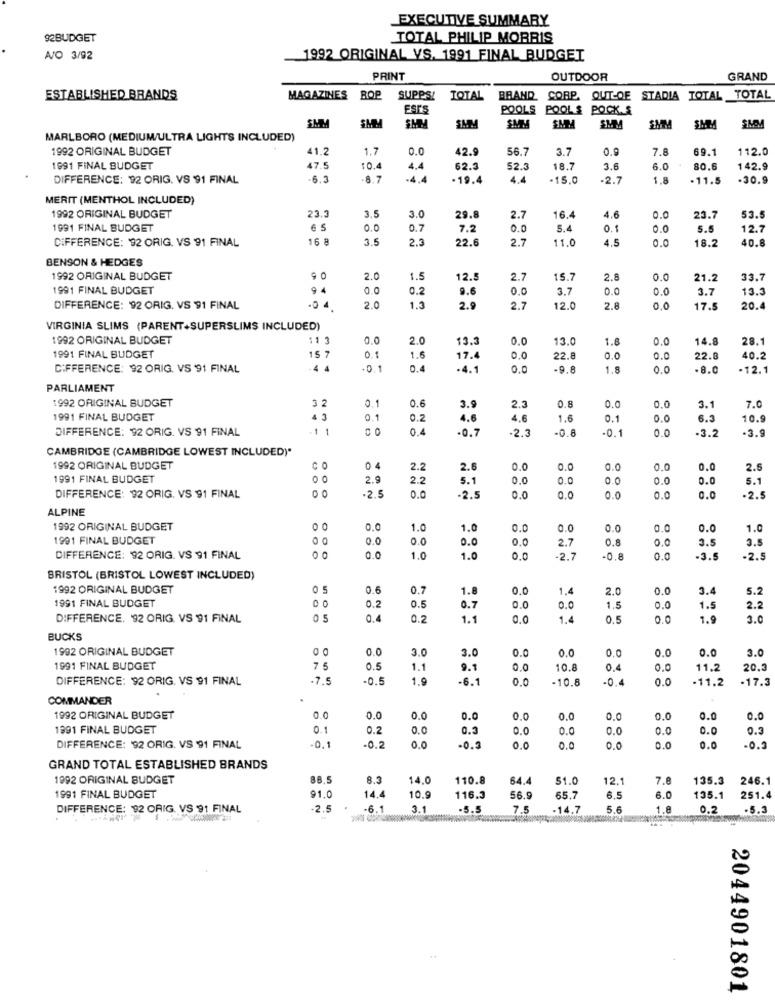
EXECUTIVE SUMMARY
92BUDGET
TOTAL PHILIP MORRIS
W/O 3/92
1992 ORIGINAL VS. 1991 FINAL BUDGET
PRINT
OUTDOOR
GRAND
ESTABLISHED BRANDS
MAGAZINES
BOP
SUPPS!
TOTAL
BRAND CORP. OUT-OF STADIA TOTAL TOTAL
EST'S
POOLS POOLS POCK.S
SMM
SM
SMM
SAM
SMM
SMY
SMM
SMM
MARLBORO (MEDIUM/ULTRA LIGHTS INCLUDED)
1992 ORIGINAL BUDGET
41.2
1.7
0.0
42.9
56.7
3.7
0.9
7.8
69.1
112.0
1991 FINAL BUDGET
47.5
10.4
4.4
62.
52.3
18.7
3.6
6.0
80.
142.9
DIFFERENCE: 92 ORIG. VS 91 FINAL
-6.3
-4.4
-19.4
4.4
.15,0
-2.7
1.8
11.5
.30.9
MERIT (MENTHOL INCLUDED)
23.3
4.6
1992 ORIGINAL BUDGET
3.5
3.0
29.
2.7
16.4
0.0
23.7
53.5
1991 FINAL BUDGET
0.0
0.7
7.2
0.0
5.4
0.1
0.0
5.5
12.7
CiFFERENCE: 92 ORIG. VS 91 FINAL
16 8
3.5
2.3
22.6
2.7
11.0
1.5
0.0
18.2
40.8
BENSON & HEDGES
1992 ORIGINAL BUDGET
2.0
1.5
12.5
2.7
15.7
2.8
0.0
21.2
33.7
1991 FINAL BUDGET
94
0.0
0.2
9.6
0.0
3.7
0.0
0.0
3.7
13.3
DIFFERENCE: 92 ORIG. VS 91 FINAL
04
2.0
1.3
25
2.7
12.0
2.8
0.0
17.5
20.4
VIRGINIA SLIMS (PARENT+SUPERSLIMS INCLUDED)
1992 ORIGINAL BUDGET
11 3
0.0
2.0
13.
0.0
13.0
1.8
0.0
14.8
28.1
15.7
1.6
1991 FINAL BUDGET
0.1
17.
0.0
22.
0.0
0.0
22.
40.2
DIFFERENCE: 92 ORIG. VS 91 FINAL
.4 4
0.4
-4.1
0.0
9.8
1.8
0.0
-8.0
.12.1
PARLIAMENT
3 2
0.1
0.6
2.3
0.8
1992 ORIGINAL BUDGET
3.9
0.0
0.0
3.1
7.0
1991 FINAL BUDGET
4 3
0.
0.2
4.6
4.6
1.6
0.1
0.0
6.3
10.9
DIFFERENCE: 92 ORIG. VS 91 FINAL
1
0.4
-0.7
-2.3
-0.8
-0.1
0.0
-3.2
-3.9
CAMBRIDGE (CAMBRIDGE LOWEST INCLUDED)"
1992 ORIGINAL BUDGET
04
2.
2.6
0.0
0.0
0.0
0.0
0.0
2.5
1991 FINAL BUDGET
0
2.9
2.2
5.1
0.0
0.0
0.0
0.0
0.0
5.1
O
DIFFERENCE: 92 ORIG. VS 91 FINAL
-2.5
0.0
-2.5
0.0
0.0
0.
0.0
0.0
.2.5
ALPINE
1992 ORIGINAL BUDGET
0 0
0.0
1.0
1.0
0.0
0.0
0.0
0.0
0.0
1.0
1901 FINAL BUDGET
0
0.0
0.0
0.0
0.0
0.8
3.5
3.5
2.7
0.0
DIFFERENCE: 92 ORIG. VS 91 FINAL
0.0
1.0
1.0
0.0
-2.7
-0.8
0.0
3.5
-2.5
BRISTOL (BRISTOL LOWEST INCLUDED)
1992 ORIGINAL BUDGET
0 5
0.6
0.7
1.8
0.0
1.4
2.0
0.0
3.
5.2
0.2
0.0
1991 FINAL BUDGET
0.5
0.7
0.0
0.0
1.5
1.5
2.2
DIFFERENCE. 92 ORIG. VS 91 FINAL
0.2
1.1
0.0
1.4
0.0
1.9
30
BUCKS
1992 ORIGINAL BUDGET
0.0
3.0
3.0
0.0
0.0
0.0
0.0
0.0
3.0
1991 FINAL BUDGET
7 5
0.5
1.1
9.1
0.0
10.8
0.4
0.0
11.2
20.
DIFFERENCE: 92 ORIG. VS 91 FINAL
.7.5
-0.5
1.9
-6.1
0.0
-10.8
-0.4
0.0
.11.2
-17.3
COMMANDER
1992 ORIGINAL BUDGET
0.0
0.0
0.0
0.0
0.0
0.0
0.0
0.0
0.0
0.0
1991 FINAL BUDGET
0.1
0.2
0.0
0.3
0.0
0.0
0.0
0.0
0.0
0.3
DIFFERENCE: 92 ORIG. VS 91 FINAL
.0.1
-0.2
0.0
.0.3
0.0
0.0
0.0
0.0
0.0
-0.3
GRAND TOTAL ESTABLISHED BRANDS
1992 ORIGINAL BUDGET
8.3
14.0
110.8
64.
51.0
12.1
7.8
135.3
246.1
1991 FINAL BUDGET
91.0
14.4
10.9
116.3
56.9
65.7
6.5
6.0
135.1
251.4
DIFFERENCE: 92 ORIG. VS 91 FINAL
-2.5
-6.º
3.1
5.5
7.5
-14.7
5.6
1.8
0.2
.5.3
2044901801